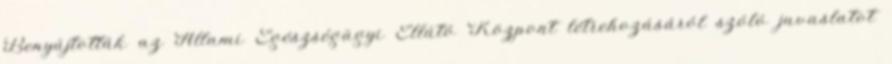
Benyújtották az Állami Egészségügyi Ellátó Központ létrehozásáról szóló javaslatot